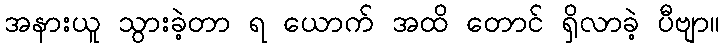
အနားယူ သွားခဲ့တာ ရ ယောက် အထိ တောင် ရှိလာခဲ့ ပီဗျာ။